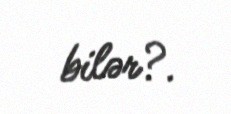
bilər?.